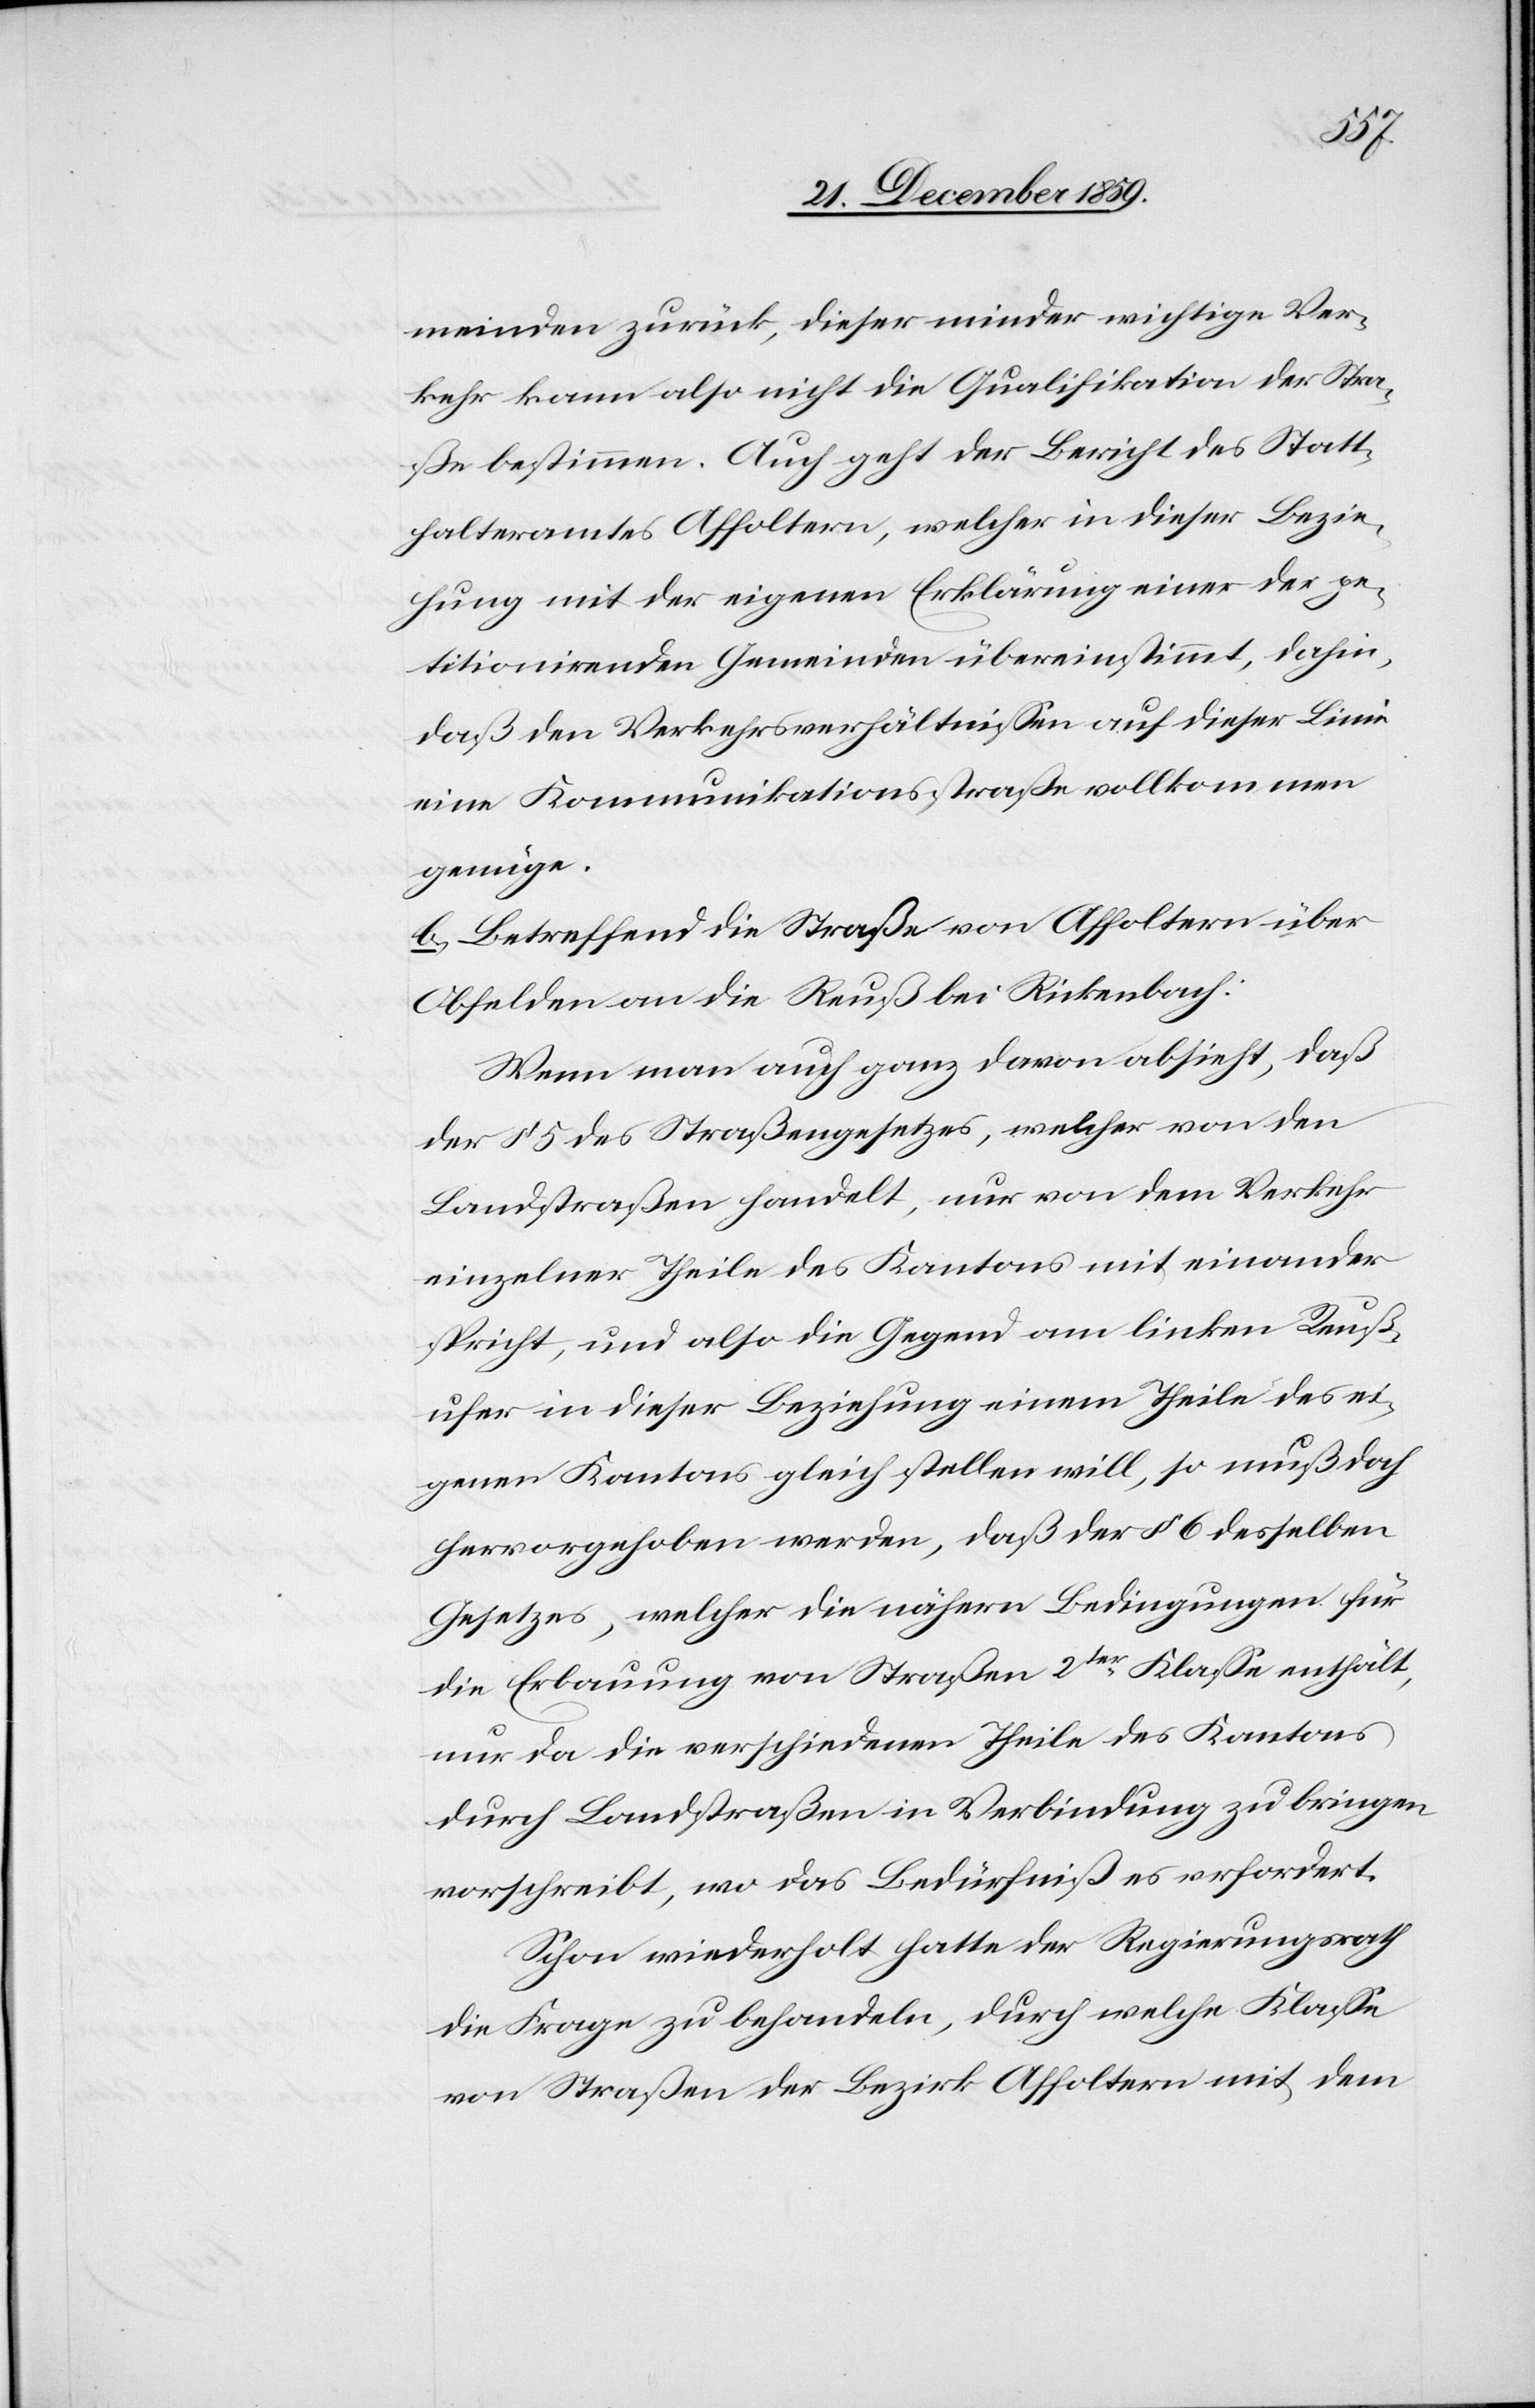
meinden zurück, dieser minder wichtige Ver¬
kehr kann also nicht die Qualifikation der Stra¬
ße bestimmen. Auch geht der Bericht des Statt¬
halteramtes Affoltern, welcher in dieser Bezie¬
hung mit der eigenen Erklärung einer der pe¬
titionirenden Gemeinde übereinstimmt, dahin,
daß den Verkehrsverhältnissen auf dieser Linie
eine Kommunikationsstraße vollkommen
genüge.
b. Betreffend die Straße von Affoltern über
Obfelden an die Reuß bei Rickenbach:
Wenn man auch ganz davon absieht, daß
der § 5 des Straßengesetzes, welcher von den
Landstraßen handelt, nur von dem Verkehr
einzelner Theile des Kantons mit einander
spricht, und also die Gegend am linken Reuß¬
ufer in dieser Beziehung einem Theile des ei¬
genen Kantons gleich stellen will, so muß doch
hervorgehoben werden, daß der § 6 desselben
Gesetzes, welcher die nähern Bedingungen für
die Erbauung von Straßen 2ter Klasse enthält,
nur da die verschiedenen Theile des Kantons
durch Landstraßen in Verbindung zu bringen
vorschreibt, wo das Bedürfniß es erfordert.
Schon wiederholt hatte der Regierungsrath
die Frage zu behandeln, durch welche Klasse
von Straßen der Bezirk Affoltern mit dem